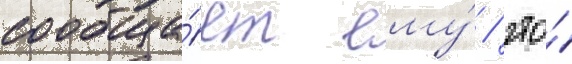
сообща́ет ему́ / что́